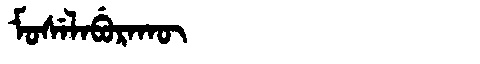
Manchu: ᠮᠣᠰᡝᠯᠠᠪᡠᡵᠠᡴᡡ
Romanization: MOSELABURAKŪ